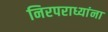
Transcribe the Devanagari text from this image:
निरपराध्यांना